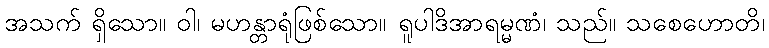
အသက် ရှိသော။ ဝါ၊ မဟန္တာရုံဖြစ်သော။ ရူပါဒိအာရမ္မဏံ၊ သည်။ သစေဟောတိ၊